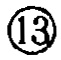
\textcircled{13}